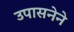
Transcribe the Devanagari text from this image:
उपासनेने